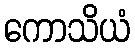
ကောသိယံ